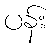
ပန်း